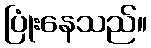
ပြုံးနေသည်။